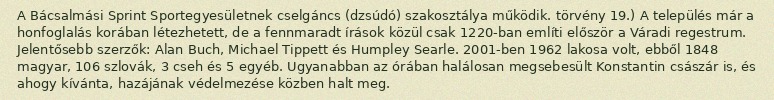
A Bácsalmási Sprint Sportegyesületnek cselgáncs (dzsúdó) szakosztálya működik. törvény 19.) A település már a honfoglalás korában létezhetett, de a fennmaradt írások közül csak 1220-ban említi először a Váradi regestrum. Jelentősebb szerzők: Alan Buch, Michael Tippett és Humpley Searle. 2001-ben 1962 lakosa volt, ebből 1848 magyar, 106 szlovák, 3 cseh és 5 egyéb. Ugyanabban az órában halálosan megsebesült Konstantin császár is, és ahogy kívánta, hazájának védelmezése közben halt meg.